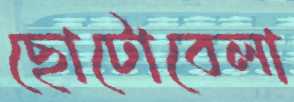
ছোটোবেলা